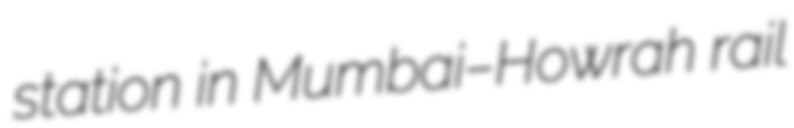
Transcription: station in Mumbai–Howrah rail